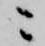
ニ